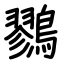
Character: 鷚